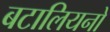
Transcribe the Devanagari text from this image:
बटालियनो